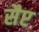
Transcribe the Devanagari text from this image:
सैप्ट